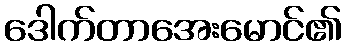
ဒေါက်တာအေးမောင်၏